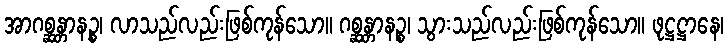
အာဂစ္ဆန္တာနဉ္စ၊ လာသည်လည်းဖြစ်ကုန်သော။ ဂစ္ဆန္တာနဉ္စ၊ သွားသည်လည်းဖြစ်ကုန်သော။ ဖုဋ္ဌဋ္ဌာနေ၊